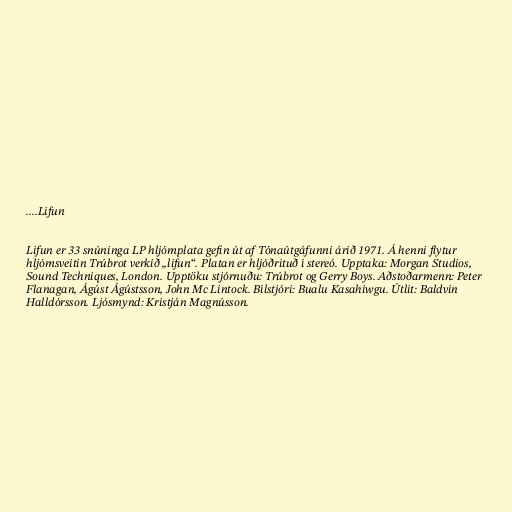
....Lifun

Lifun er 33 snúninga LP hljómplata gefin út af Tónaútgáfunni árið 1971. Á henni flytur
hljómsveitin Trúbrot verkið „lifun“. Platan er hljóðrituð í stereó. Upptaka: Morgan Studios,
Sound Techniques, London. Upptöku stjórnuðu: Trúbrot og Gerry Boys. Aðstoðarmenn: Peter
Flanagan, Ágúst Ágústsson, John Mc Lintock. Bílstjóri: Bualu Kasahiwgu. Útlit: Baldvin
Halldórsson. Ljósmynd: Kristján Magnússon.